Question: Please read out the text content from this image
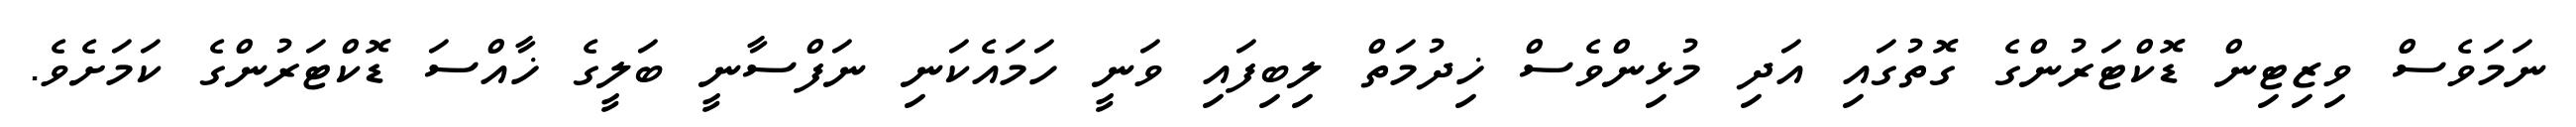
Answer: ނަމަވެސް ވިޒިޓިން ޑޮކްޓަރުންގެ ގޮތުގައި އަދި މުޅިންވެސް ޚިދުމަތް ލިބިފައި ވަނީ ހަމައެކަނި ނަފްސާނީ ބަލީގެ ޚާއްސަ ޑޮކްޓަރުންގެ ކަމަށެވެ.